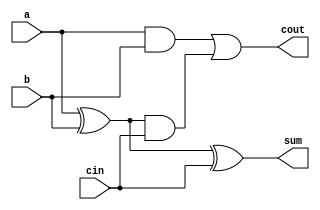
`timescale 1ns/1ps

module fulladder( input a,b,cin,
		  output reg cout, sum);

   reg 			 p, g;
   always @(*)
     begin
	p <= a ^ b;
	g <= a & b;

	sum <= p ^ cin;
	cout <= g | p & cin;
     end
endmodule // fulladder